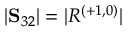
| \mathbf { S } _ { 3 2 } | = | R ^ { ( + 1 , 0 ) } |